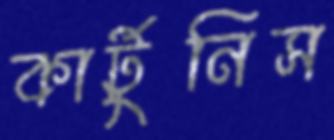
কার্টুনিস